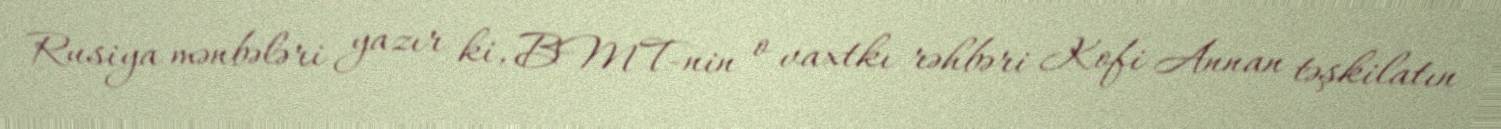
Rusiya mənbələri yazır ki, BMT-nin o vaxtkı rəhbəri Kofi Annan təşkilatın